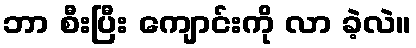
ဘာ စီးပြီး ကျောင်းကို လာ ခဲ့လဲ။